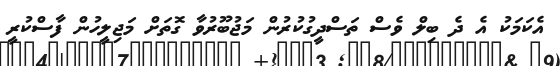
އެކަމަކު އެ ދެ ބިލް ވެސް ތަސްދީގުކުރުން މަޖުބޫރުވާ ގޮތަށް މަޖިލީހުން ފާސްކުރީ